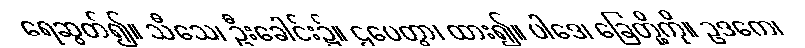
ရေဆွတ်၍။ သီသေ၊ ဦးခေါင်း၌။ ဌပေတွာ၊ ထား၍။ ပါဒေ၊ ခြေတို့ကို။ ဥဒကေ၊